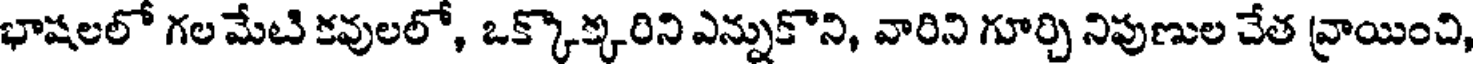
భాషలలో గల మేటి కవులలో, ఒక్కొక్కరిని ఎన్నుకొని, వారిని గూర్చి నిపుణుల చేత వ్రాయించి,